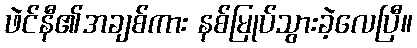
ဖဲင်နီ၏အချစ်ကား နစ်မြုပ်သွားခဲ့လေပြီ။